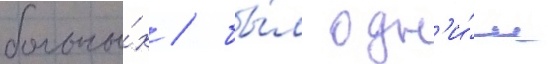
больны́х / бы́л одн'и́м